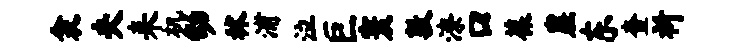
衾夫耒机幼秫浦泣巨寰敦潦口葆崖东查祈